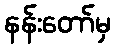
နန်းတော်မှ